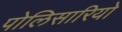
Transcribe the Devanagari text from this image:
पोलिसारियो